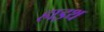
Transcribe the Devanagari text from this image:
हाइथ